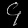
Digit: ၄